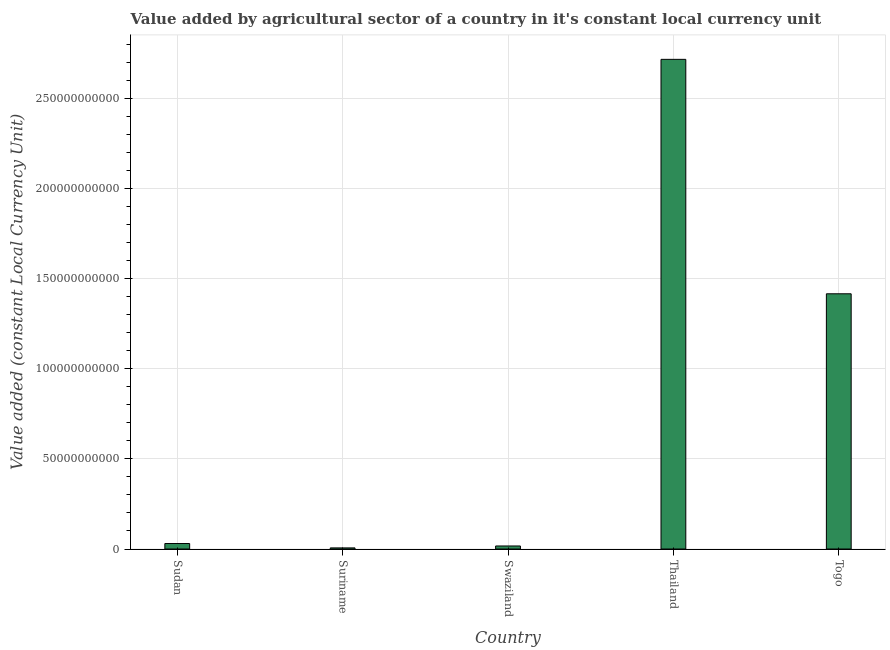
| Country | Agriculture |
 | --- | --- |
 | Sudan | 3.04e+09 |
 | Suriname | 6.15e+08 |
 | Swaziland | 1.68e+09 |
 | Thailand | 2.72e+11 |
 | Togo | 1.42e+11 |